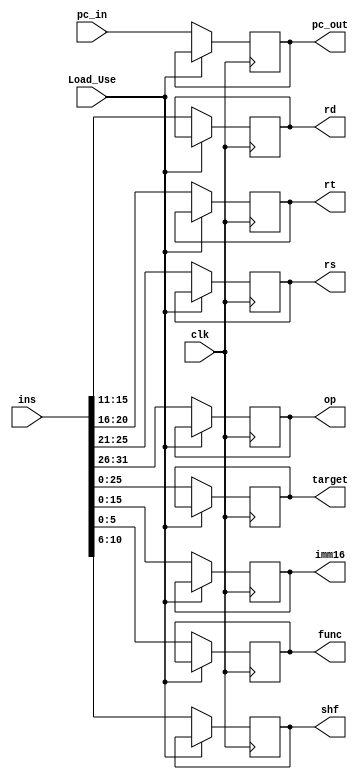
module IF_IDseg (
    clk,pc_in,ins,
    pc_out,op,rs,rt,rd,shf,func,imm16,target,
    Load_Use
);

input clk;
input[31:0] pc_in,ins;
input Load_Use;
output reg[31:0] pc_out;
output reg[5:0] op;
output reg[4:0] rs,rt,rd;
output reg[4:0] shf;
output reg[5:0] func;
output reg[15:0] imm16;
output reg[25:0] target;

always @(negedge clk) begin
    if(Load_Use!=1)begin
        pc_out<=pc_in;
        op<=ins[31:26];
        rs<=ins[25:21];
        rt<=ins[20:16];
        rd<=ins[15:11];
        shf<=ins[10:6];
        func<=ins[5:0];
        imm16<=ins[15:0];
        target<=ins[25:0];
    end
end

endmodule